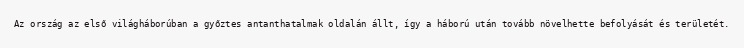
Az ország az első világháborúban a győztes antanthatalmak oldalán állt, így a háború után tovább növelhette befolyását és területét.